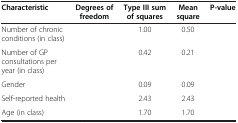
<table><thead><tr><td><b>Characteristic</b></td><td><b>Degrees of freedom</b></td><td><b>Type III sum of squares</b></td><td><b>Mean square</b></td><td><b>P-value</b></td></tr></thead><tbody><tr><td>Number of chronic conditions (in class)</td><td>[EMPTY_CELL]</td><td>1.00</td><td>0.50</td><td>[EMPTY_CELL]</td></tr><tr><td>Number of GP consultations per year (in class)</td><td>[EMPTY_CELL]</td><td>0.42</td><td>0.21</td><td>[EMPTY_CELL]</td></tr><tr><td>Gender</td><td>[EMPTY_CELL]</td><td>0.09</td><td>0.09</td><td>[EMPTY_CELL]</td></tr><tr><td>Self-reported health</td><td>[EMPTY_CELL]</td><td>2.43</td><td>2.43</td><td>[EMPTY_CELL]</td></tr><tr><td>Age (in class)</td><td>[EMPTY_CELL]</td><td>1.70</td><td>1.70</td><td>[EMPTY_CELL]</td></tr></tbody></table>